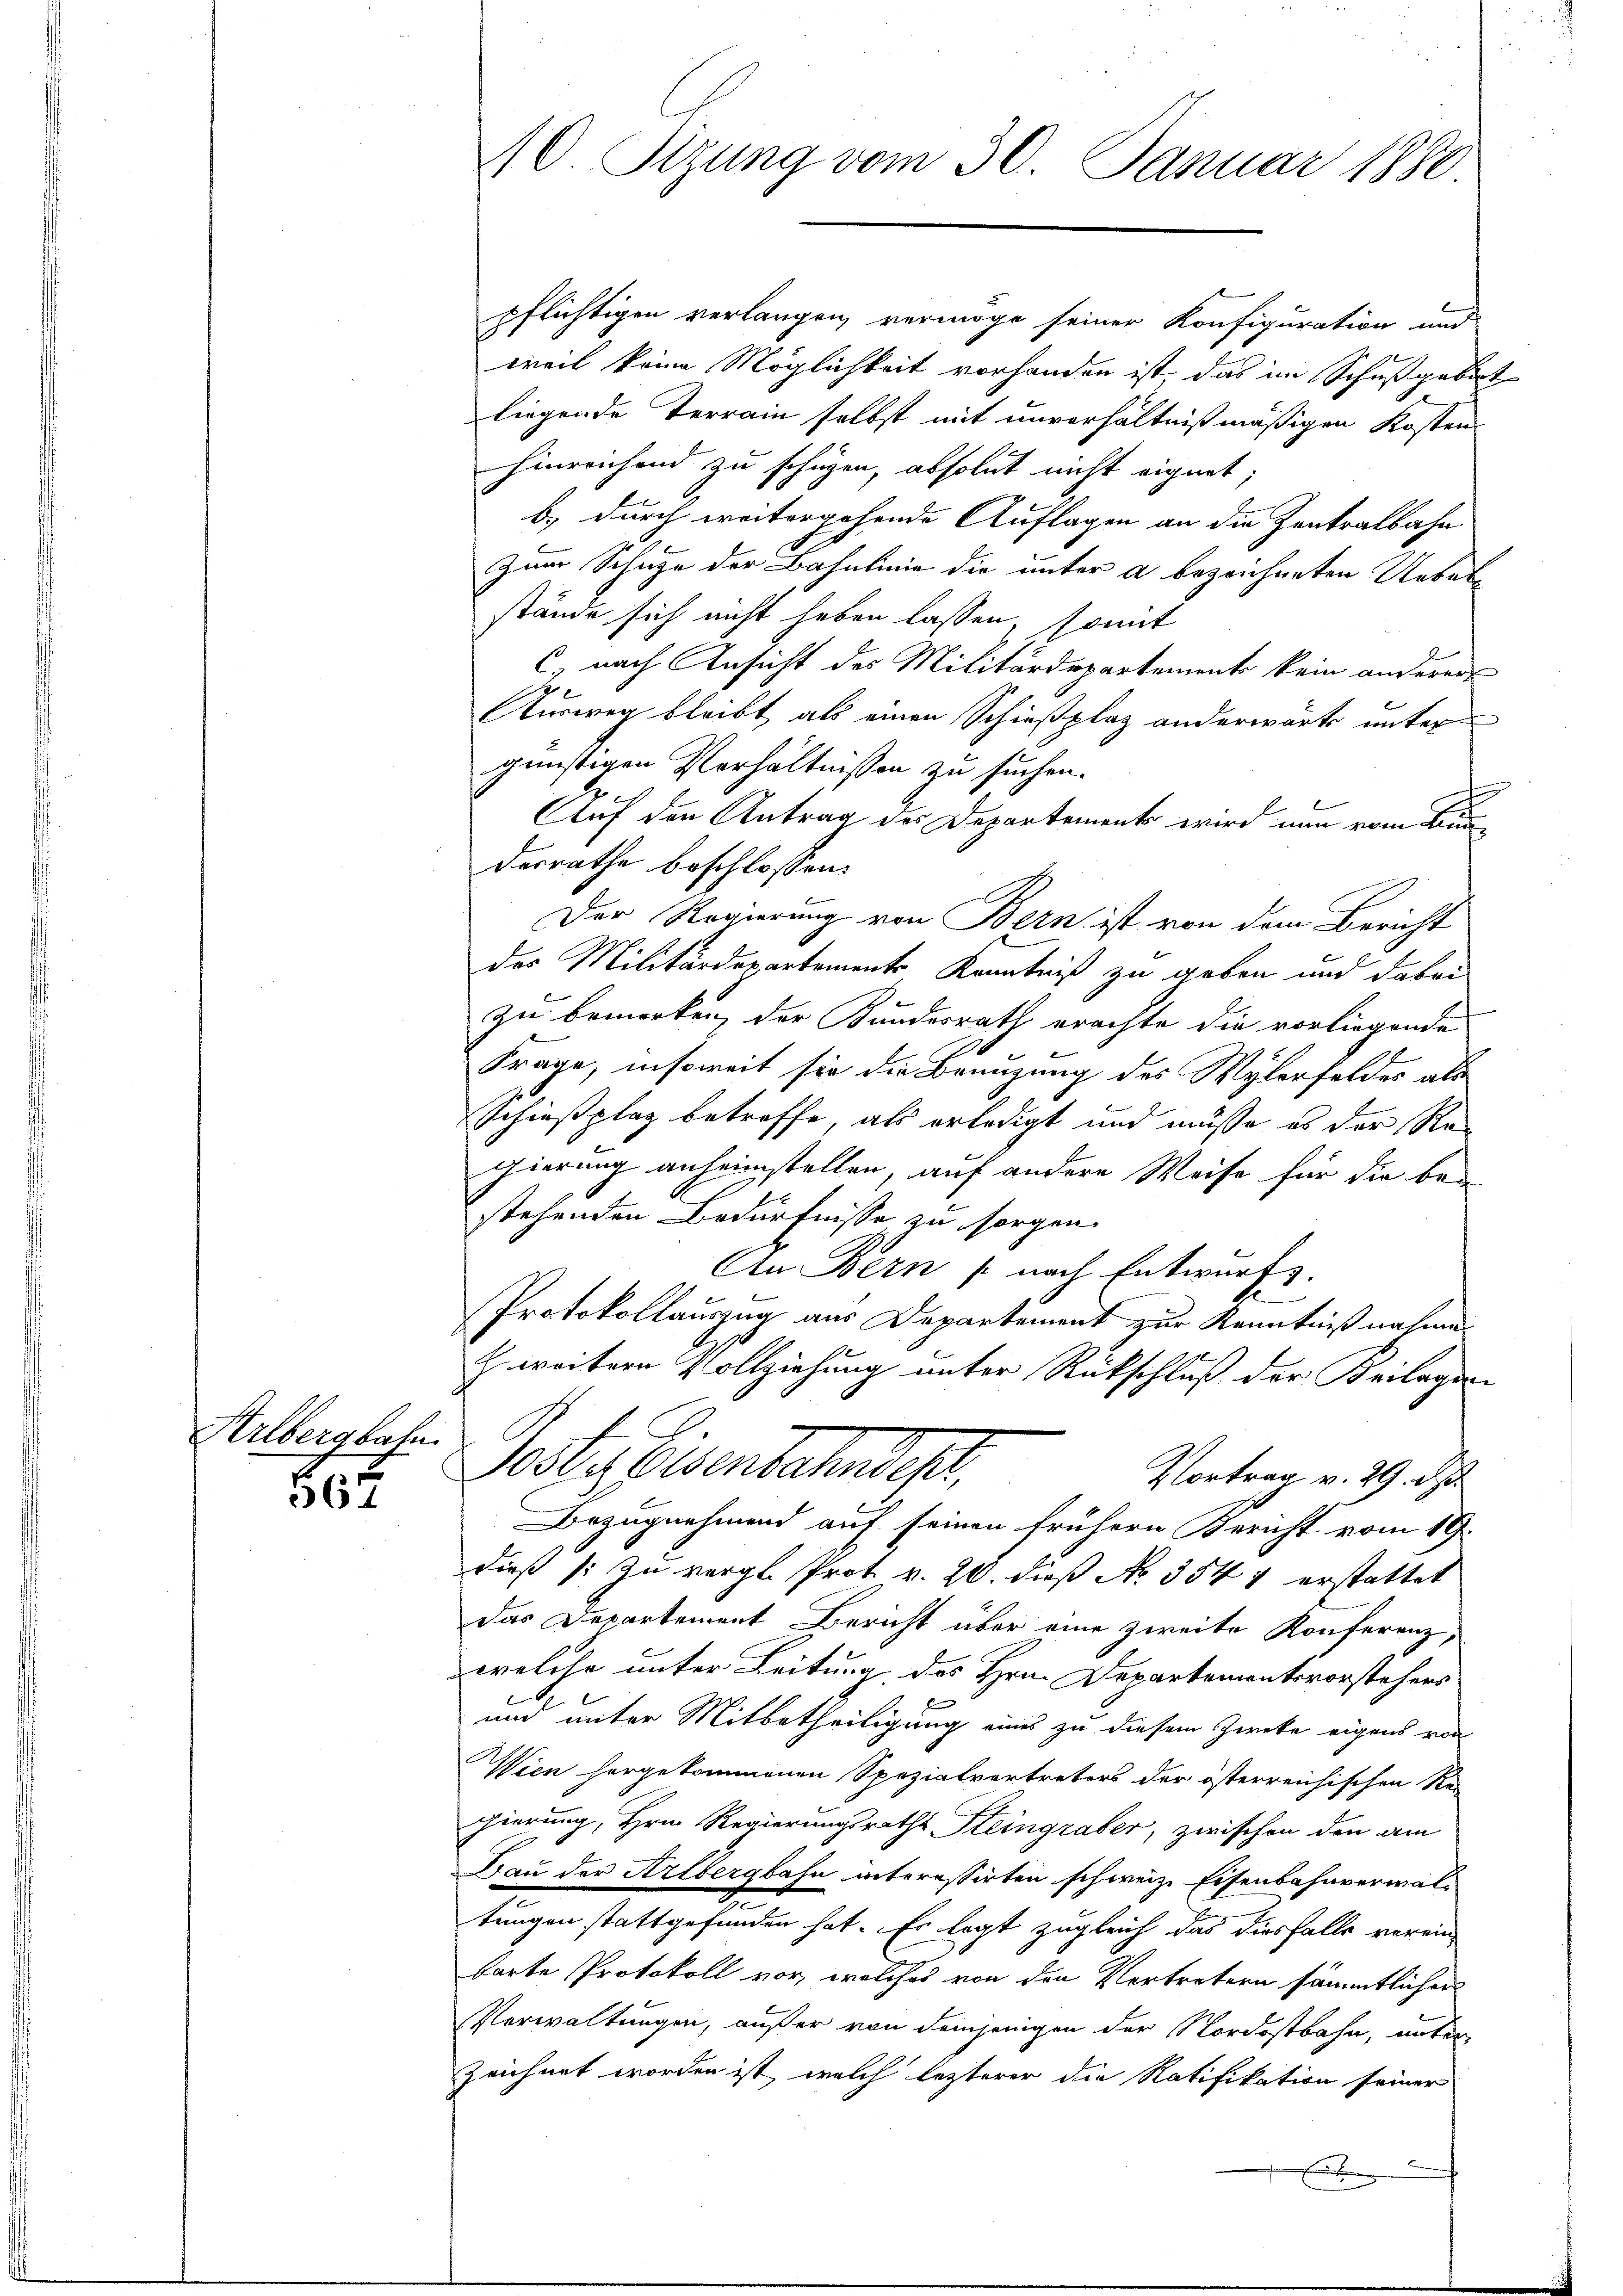
Hrlbergbahn
862

pflichtigen verlangen, vermöge seiner Konfiguration und
weil keine Möglichkeit vorhanden ist das im Schußgebirt
liegende Terrain selbst mit unverhältnißmäßigen Kosten
hinreichend zu schüzen, absolut nicht eignet.
b) durch weitergehende Auflagen an die Zentralbahn
.
Zum Schuhe der Bahnlinie die unter a bezeichneten Uebelstände sich nicht haben lassen, somit
6 nach Ansicht des Militärdepartement kein anderer
Ausweg bleibt, als einen Schießplaz anderwärts unter
günstigen Verhältnissen zu suchen.
Auf den Antrag des Departements wird nun vom Be
desrathe beschlossen:
Der Regierung von Bern ist von dem Bericht
des Militärdepartements Kenntniß zu geben und dabei
zu bemerken, der Kundesrath erachte die vorliegende
Frage, insoweit sie die Brenzung des Wylerfelder als
Schießplaz betreffe, als erledigt und müsse es der Regierung anheimstellen, auf andere Weise für die bei
stehenden Bedürfnisse zu sorgen.
Cn Bern (nach Entwurfs.
Protokollauszug aus Departement zur Kenntniß nahmen
zweitern Vollziehung unter Rückschluß der Beilagen
Nste. Eisenbahndep
Vortrag v. 29. d
Bezugnahmend auf seinen frühern Bericht vom 19.
dieß (: Zu vergl. Prot. v. 20. dieß No. 354 4 erstattet
das Departement Bericht über eine zweite Konferenz,
welche unter Leitung, des Hrn. Departementsvorstehers
und unter Mitbetheiligung eines zu diesem Zweke eigens von
Wien hergekommenen Spezialvertreters der österreichischen Rei
gierung, Hrn. Regierungsraths Steingraber, zwischen den am
Frau der Arlbergbahn interessirten schweiz. Eisenbahnverwal-
.
tungen stattgefunden hat. Es legt zugleich das diesfalls verein-
barte Protokoll vor, welches von den Vertretern sämmtlicher
Verwaltungen, außer von demjenigen der Nordostbahn, unter
zeichnet worden ist, welch lezterer die Ratifikation seiner
Forden
x

10. Sizung vom 30. Januar 1880